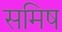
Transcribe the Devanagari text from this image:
समिष